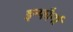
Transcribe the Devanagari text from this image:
इन्फौर्मा